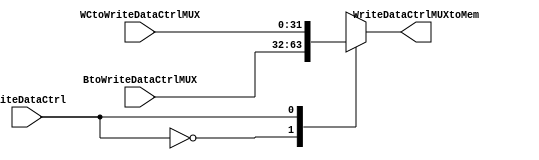
// mux 2x1
module wcToMem(
    input wire [31:0] WCtoWriteDataCtrlMUX,
    input wire [31:0] BtoWriteDataCtrlMUX,
    input wire WriteDataCtrl,
    output reg [31:0] WriteDataCtrlMUXtoMem
);

  always @(*) begin
    case (WriteDataCtrl)
      1'b0: WriteDataCtrlMUXtoMem = BtoWriteDataCtrlMUX;
      1'b1: WriteDataCtrlMUXtoMem = WCtoWriteDataCtrlMUX;
      default: WriteDataCtrlMUXtoMem = 32'b0; // Default value
    endcase
  end

endmodule